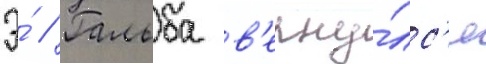
Э́ // Гальба в'ерну́лс'я